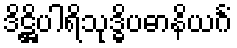
ဒိဋ္ဌိပါရိသုဒ္ဓိပဓာနိယင်္ဂံ